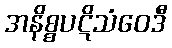
အနိစ္စပဋိသံဝေဒီ